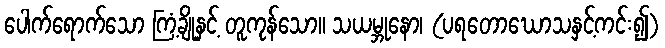
ပေါက်ရောက်သော ကြံ့ချိုနှင့် တူကုန်သော။ သယမ္ဘုနော၊ (ပရတောဃောသနှင့်ကင်း၍)